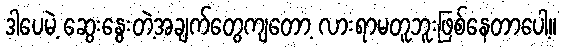
ဒါပေမဲ့ ဆွေးနွေးတဲ့အချက်တွေကျတော့ လားရာမတူဘူးဖြစ်နေတာပေါ့။